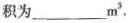
积为___m^{3}.